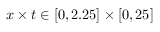
x \times t \in [ 0 , 2 . 2 5 ] \times [ 0 , 2 5 ]